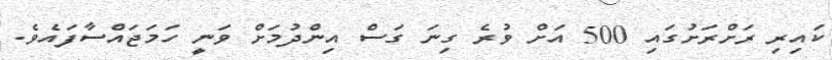
ކައިރި ރަށްރަށުގައި 500 އަށް ވުރެ ގިނަ ގަސް އިންދުމަށް ވަނީ ހަމަޖައްސާފައެވެ.